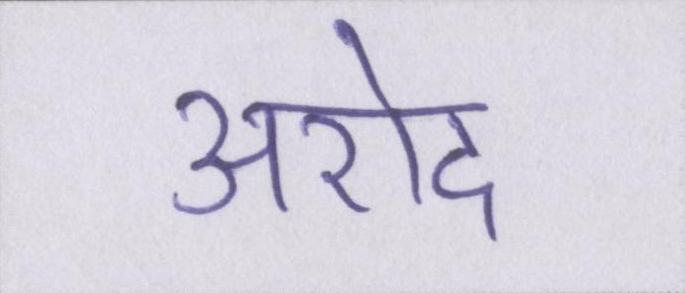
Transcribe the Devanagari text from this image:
अरोद